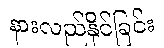
နားလည်နိုင်ခြင်း